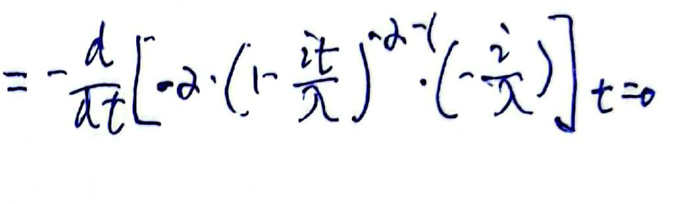
\[
=-\frac{d}{dt}\left[-2\cdot\left(1 - \frac{2t}{\pi}\right)^{-2 - 1}\cdot\left(-\frac{2}{\pi}\right)\right]_{t = 0}
\]